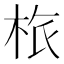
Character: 㭚